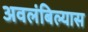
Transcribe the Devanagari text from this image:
अवलंबिल्यास